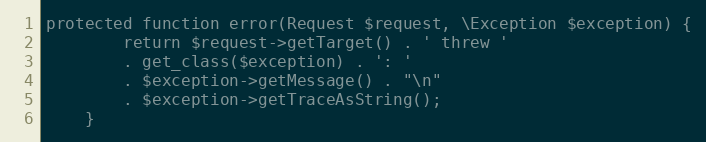
Language: PHP
protected function error(Request $request, \Exception $exception) {
        return $request->getTarget() . ' threw '
        . get_class($exception) . ': '
        . $exception->getMessage() . "\n"
        . $exception->getTraceAsString();
    }